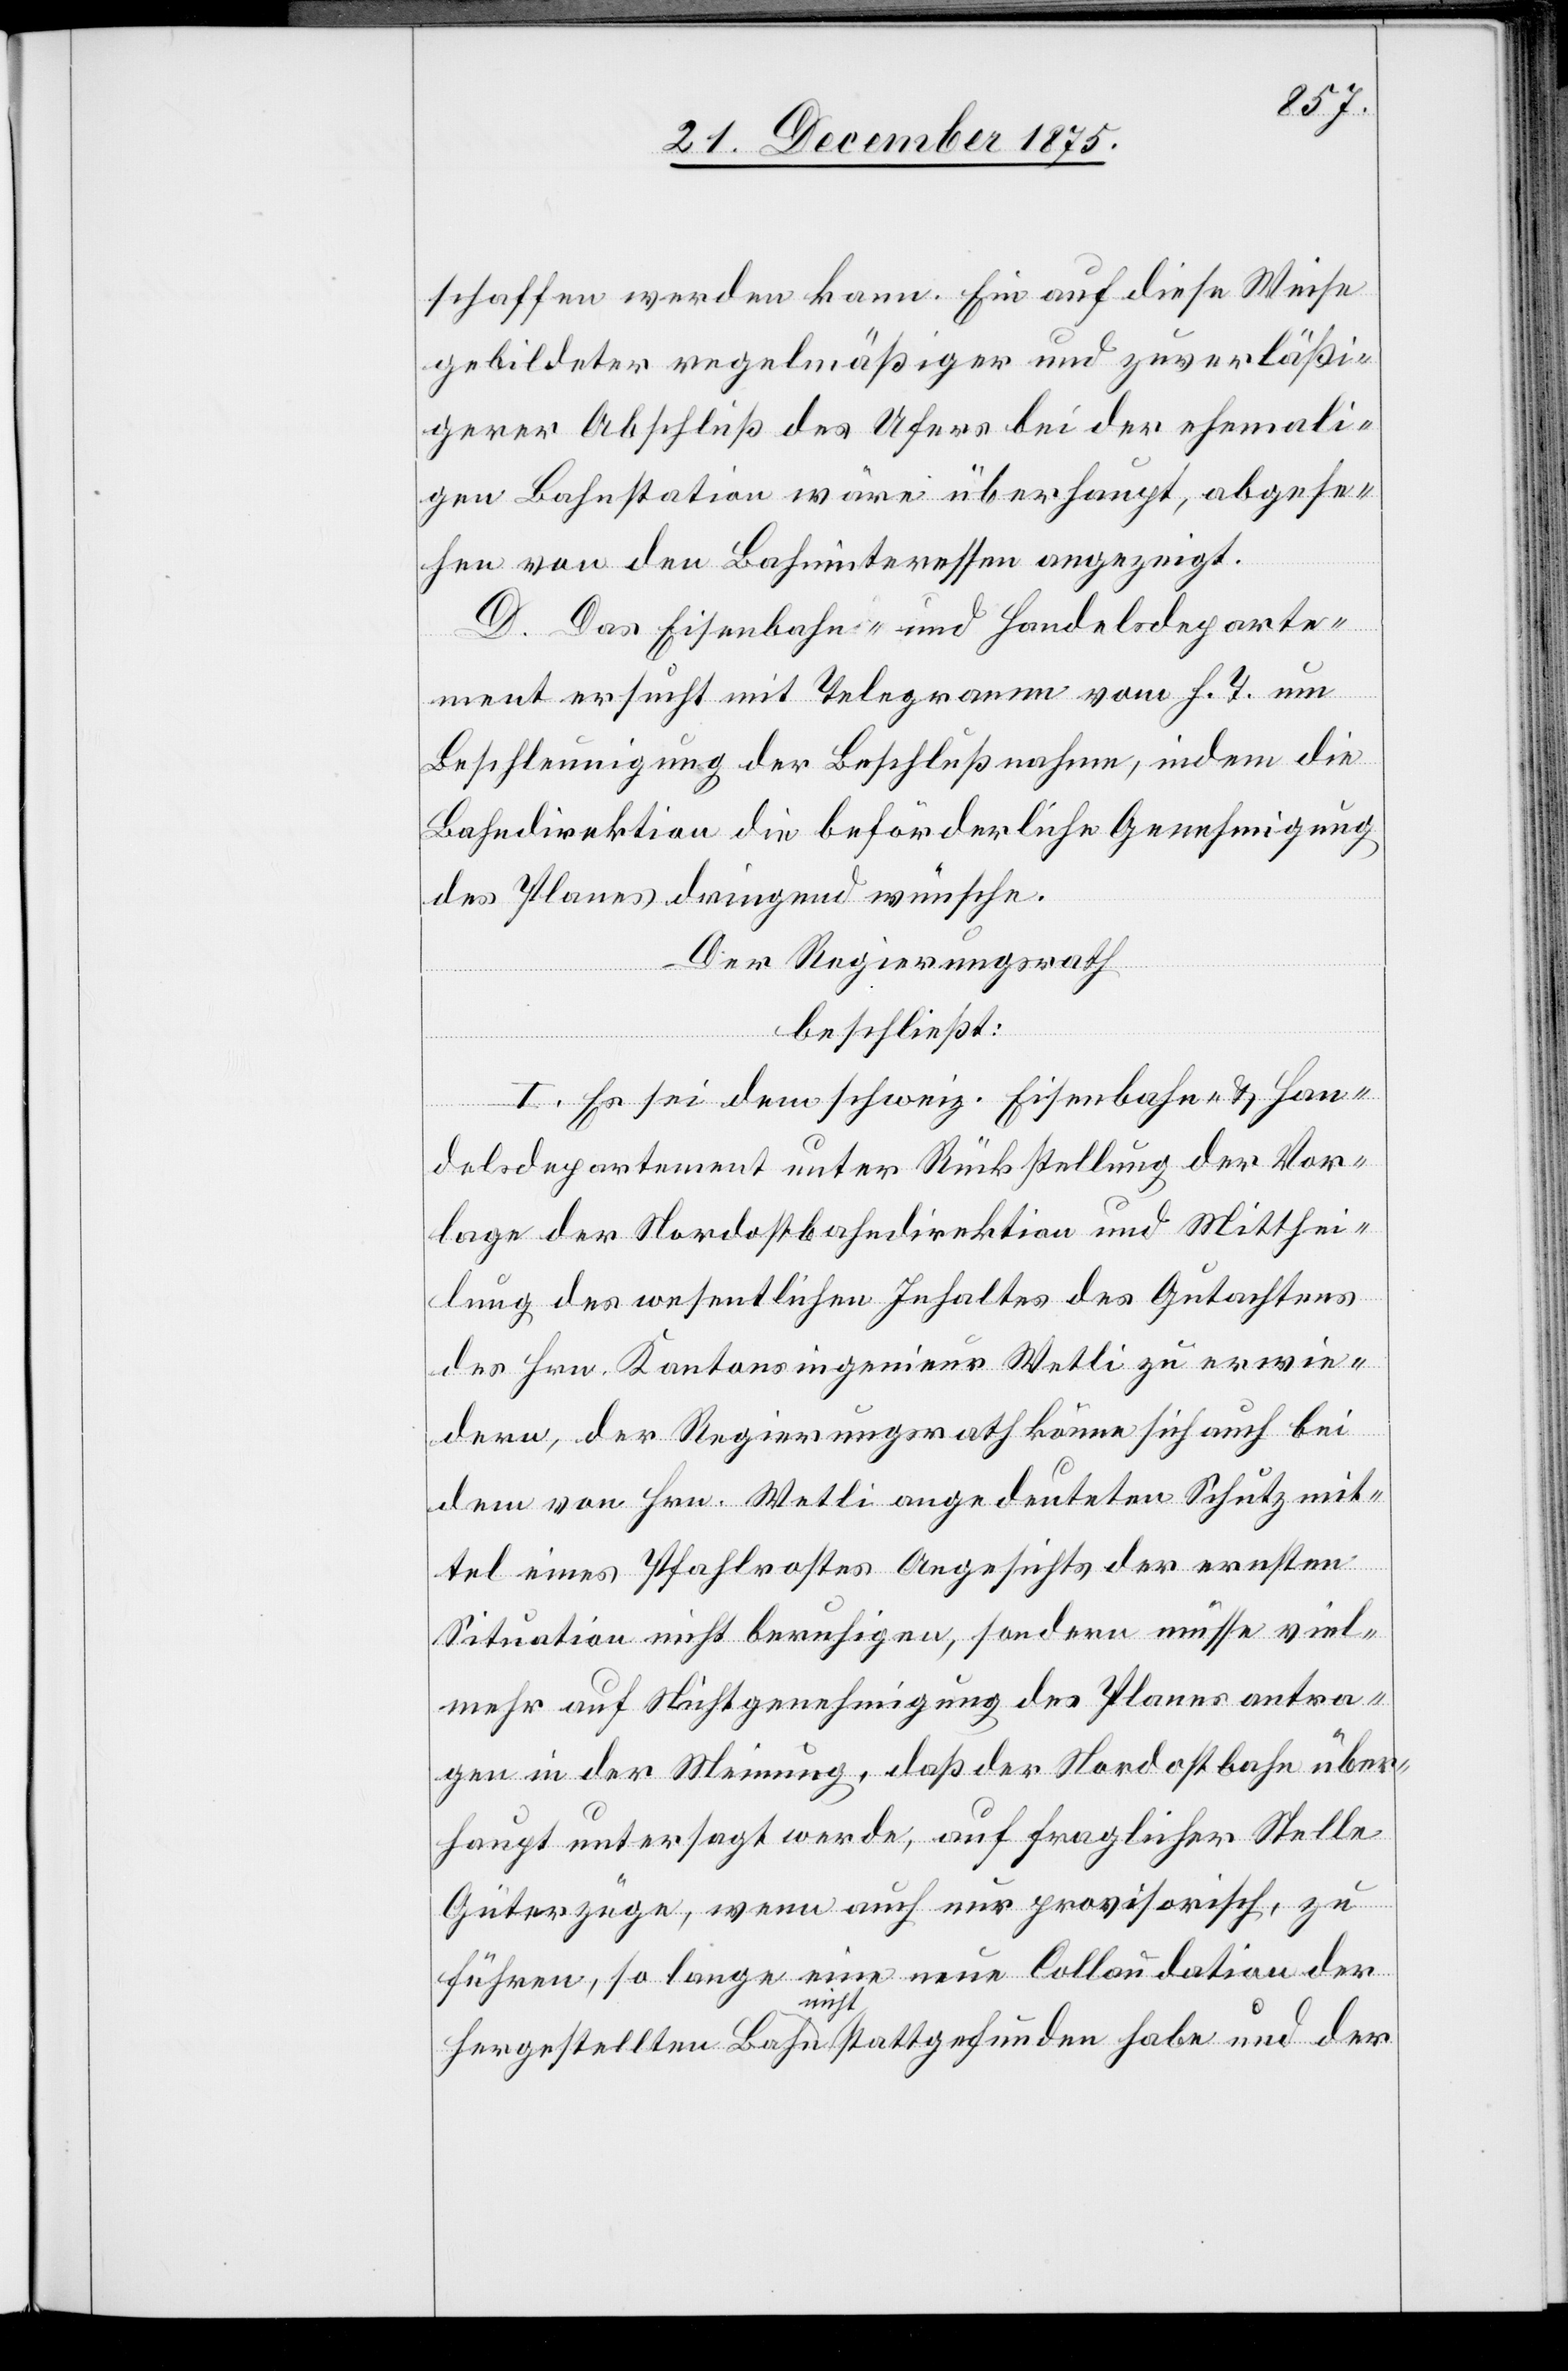
schaffen werden kann. Ein auf diese Weise
gebildeter regelmäßiger und zuverläßi¬
gerer Abschluß des Ufers bei der ehemali¬
gen Bahnstation wäre überhaupt, abgese¬
hen von den Bahninteressen angezeigt.
D. Das Eisenbahn- und Handelsdeparte¬
ment ersucht mit Telegramm vom h. T. um
Beschleunigung der Beschlußnahme, indem die
Bahndirektion die beförderliche Genehmigung
des Planes dringend wünsche.
Der Regierungsrath,
beschließt:
I. Es sei dem schweiz. Eisenbahn- & Han¬
delsdepartement unter Rückstellung der Vor¬
lage der Nordostbahndirektion und Mitthei¬
lung des wesentlichen Inhaltes des Gutachtens
des Hrn. Kantonsingenieur Wetli zu erwie¬
dern, der Regierungsrath könne sich auch bei
dem von Hrn. Wetli angedeuteten Schutzmit¬
tel eines Pfahlrostes Angesichts der ernsten
Situation nicht beruhigen, sondern müsse viel¬
mehr auf Nichtgenehmigung des Planes antra¬
gen in der Meinung, daß der Nordostbahn über¬
haupt untersagt werde, auf fraglicher Stelle
Güterzüge, wenn auch nur provisorisch, zu
führen, so lange eine neue Collaudation der
hergestellten Bahn nicht stattgefunden habe und der